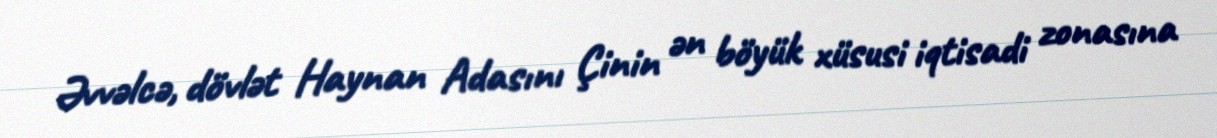
Əvvəlcə, dövlət Haynan Adasını Çinin ən böyük xüsusi iqtisadi zonasına